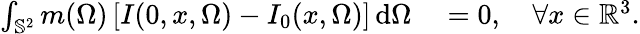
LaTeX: \begin{array}{rl}{\int_{\mathbb S^{2}}m(\Omega)\left[I(0,x,\Omega)-I_{0}(x,\Omega)\right]\, \mathrm{d}\Omega}&{{}=0,\quad\forall x\in\mathbb{R}^{3}.}\end{array}